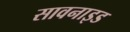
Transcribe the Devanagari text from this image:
सावनाइड